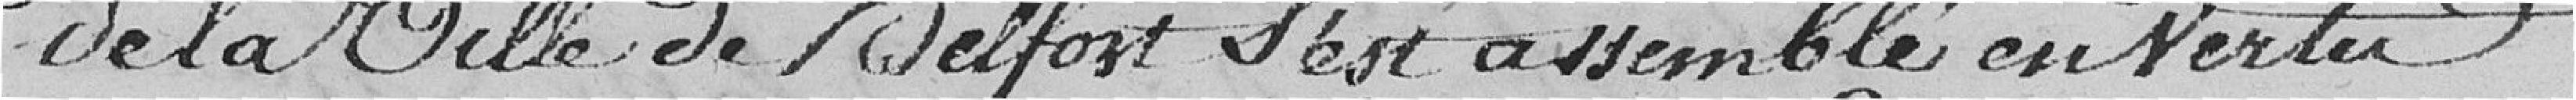
de la Ville de Belfort s'est assemblé en vertu